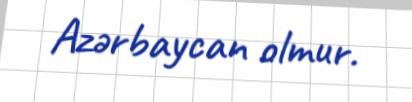
Azərbaycan olmur.